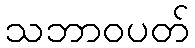
သဘာဝပတ်